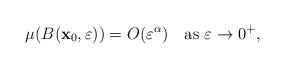
LaTeX: \begin{align*} \mu(B(\mathbf{x}_{0},\varepsilon))= O(\varepsilon^{\alpha}) \ \ \ \mbox{as }\varepsilon \to 0^{+},\end{align*}